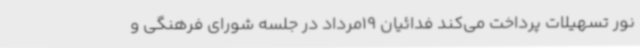
نور تسهیلات پرداخت می‌کند فدائیان 19مرداد در جلسه شورای فرهنگی و